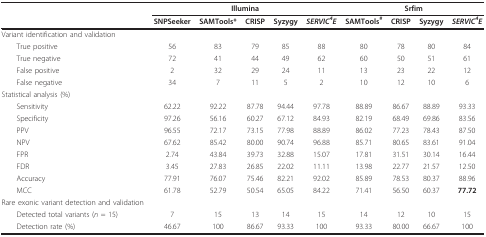
<table><thead><tr><td></td><td colspan="5"><b>Illumina</b></td><td colspan="4"><b>Srfim</b></td></tr><tr><td></td><td><b>SNPSeeker</b></td><td><b>SAMTools*</b></td><td><b>CRISP</b></td><td><b>Syzygy</b></td><td><b><i>SERVIC<sup>4</sup>E</i></b></td><td><b>SAMTools<sup>#</sup></b></td><td><b>CRISP</b></td><td><b>Syzygy</b></td><td><b><i>SERVIC<sup>4</sup>E</i></b></td></tr></thead><tbody><tr><td>Variant identification and validation</td><td></td><td></td><td></td><td></td><td></td><td></td><td></td><td></td><td></td></tr><tr><td> True positive</td><td>56</td><td>83</td><td>79</td><td>85</td><td>88</td><td>80</td><td>78</td><td>80</td><td>84</td></tr><tr><td> True negative</td><td>72</td><td>41</td><td>44</td><td>49</td><td>62</td><td>60</td><td>50</td><td>51</td><td>61</td></tr><tr><td> False positive</td><td>2</td><td>32</td><td>29</td><td>24</td><td>11</td><td>13</td><td>23</td><td>22</td><td>12</td></tr><tr><td> False negative</td><td>34</td><td>7</td><td>11</td><td>5</td><td>2</td><td>10</td><td>12</td><td>10</td><td>6</td></tr><tr><td>Statistical analysis (%)</td><td></td><td></td><td></td><td></td><td></td><td></td><td></td><td></td><td></td></tr><tr><td> Sensitivity</td><td>62.22</td><td>92.22</td><td>87.78</td><td>94.44</td><td>97.78</td><td>88.89</td><td>86.67</td><td>88.89</td><td>93.33</td></tr><tr><td> Specificity</td><td>97.26</td><td>56.16</td><td>60.27</td><td>67.12</td><td>84.93</td><td>82.19</td><td>68.49</td><td>69.86</td><td>83.56</td></tr><tr><td> PPV</td><td>96.55</td><td>72.17</td><td>73.15</td><td>77.98</td><td>88.89</td><td>86.02</td><td>77.23</td><td>78.43</td><td>87.50</td></tr><tr><td> NPV</td><td>67.62</td><td>85.42</td><td>80.00</td><td>90.74</td><td>96.88</td><td>85.71</td><td>80.65</td><td>83.61</td><td>91.04</td></tr><tr><td> FPR</td><td>2.74</td><td>43.84</td><td>39.73</td><td>32.88</td><td>15.07</td><td>17.81</td><td>31.51</td><td>30.14</td><td>16.44</td></tr><tr><td> FDR</td><td>3.45</td><td>27.83</td><td>26.85</td><td>22.02</td><td>11.11</td><td>13.98</td><td>22.77</td><td>21.57</td><td>12.50</td></tr><tr><td> Accuracy</td><td>77.91</td><td>76.07</td><td>75.46</td><td>82.21</td><td>92.02</td><td>85.89</td><td>78.53</td><td>80.37</td><td>88.96</td></tr><tr><td> MCC</td><td>61.78</td><td>52.79</td><td>50.54</td><td>65.05</td><td>84.22</td><td>71.41</td><td>56.50</td><td>60.37</td><td><b>77.72</b></td></tr><tr><td>Rare exonic variant detection and validation</td><td></td><td></td><td></td><td></td><td></td><td></td><td></td><td></td><td></td></tr><tr><td> Detected total variants (<i>n </i>= 15)</td><td>7</td><td>15</td><td>13</td><td>14</td><td>15</td><td>14</td><td>12</td><td>10</td><td>15</td></tr><tr><td> Detection rate (%)</td><td>46.67</td><td>100</td><td>86.67</td><td>93.33</td><td>100</td><td>93.33</td><td>80.00</td><td>66.67</td><td>100</td></tr></tbody></table>